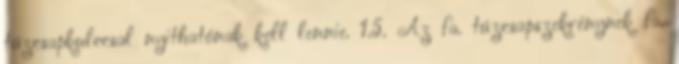
tûzcsapkulccsal nyithatónak kell lennie. 1.5. Az fa. tûzcsapszekrénynek fa.